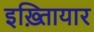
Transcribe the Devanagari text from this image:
इख़्तिायार